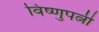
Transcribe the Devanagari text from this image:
विष्णुपत्नी